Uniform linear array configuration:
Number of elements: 8
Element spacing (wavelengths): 0.5
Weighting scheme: uniform
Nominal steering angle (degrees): -30
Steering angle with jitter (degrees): -28.46
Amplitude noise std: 0.05
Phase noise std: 0.05

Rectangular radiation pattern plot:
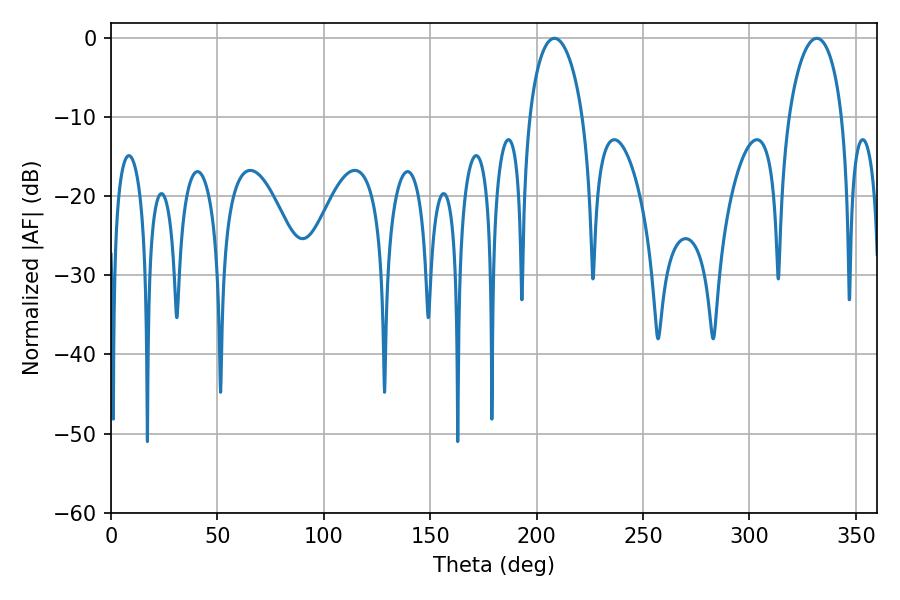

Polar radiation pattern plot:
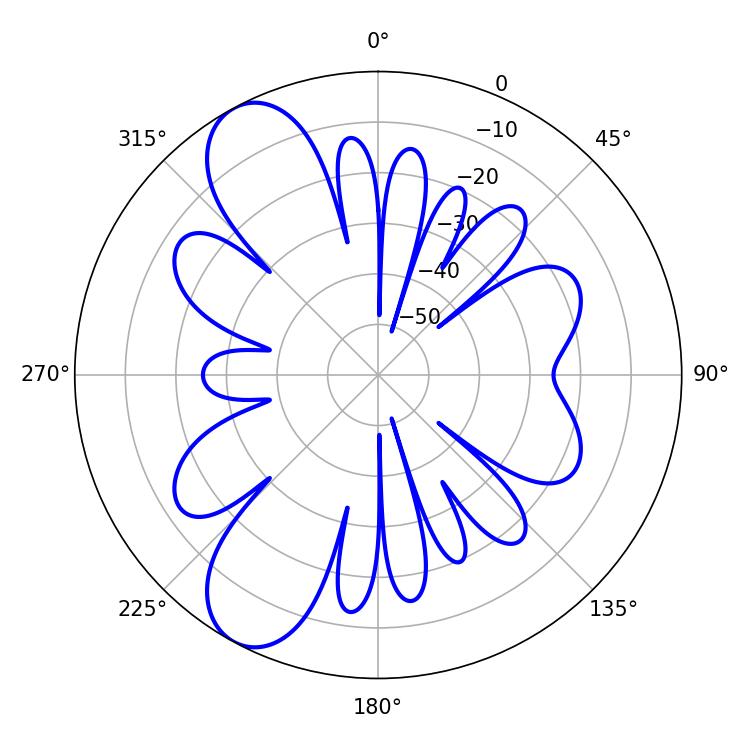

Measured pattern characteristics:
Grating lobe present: FALSE
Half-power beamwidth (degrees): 14.4
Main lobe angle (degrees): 208.44